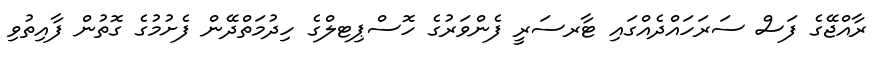
ރާއްޖޭގެ ފަސް ސަރަހައްދެއްގައި ޓާރސަރީ ފެންވަރުގެ ހޮސްޕިޓލްގެ ހިދުމަތްދޭން ފެށުމުގެ ގޮތުން ފާއިތުވި